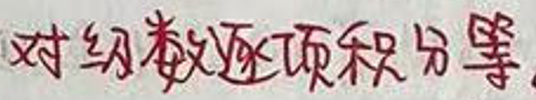
对级数逐项积分等